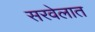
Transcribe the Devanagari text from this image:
सरवेलात